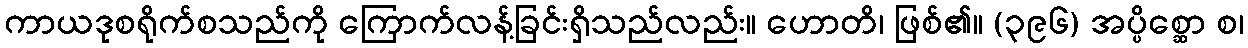
ကာယဒုစရိုက်စသည်ကို ကြောက်လန့်ခြင်းရှိသည်လည်း။ ဟောတိ၊ ဖြစ်၏။ (၃၉၆) အပ္ပိစ္ဆော စ၊